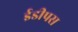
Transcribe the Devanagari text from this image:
ईडीपस